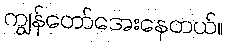
ကျွန်တော်အေးနေတယ်။